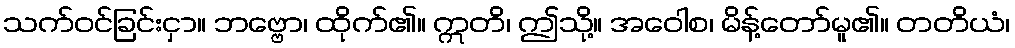
သက်ဝင်ခြင်းငှာ။ ဘဗ္ဗော၊ ထိုက်၏။ ဣတိ၊ ဤသို့။ အဝေါစ၊ မိန့်တော်မူ၏။ တတိယံ၊